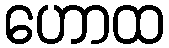
ဟောထ